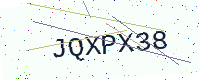
Text: JQXPX38